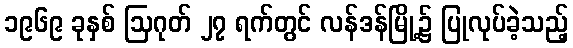
၁၉၆၉ ခုနှစ် ဩဂုတ် ၂၇ ရက်တွင် လန်ဒန်မြို့၌ ပြုလုပ်ခဲ့သည့်